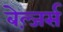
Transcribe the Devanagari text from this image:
बेल्ज़र्स